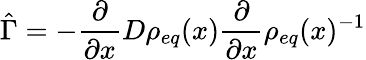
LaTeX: \hat{\Gamma}=-\frac{\partial}{\partial x}D\rho_{eq}(x)\frac{\partial}{\partial x}\rho_{eq}(x)^{-1}